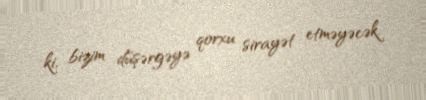
ki, bizim düşərgəyə qorxu sirayət etməyəcək.